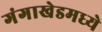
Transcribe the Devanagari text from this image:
गंगाखेडमध्ये